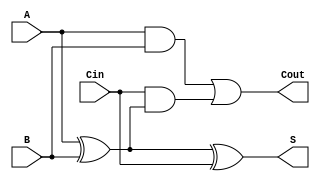
module async_full_adder (
    input wire A,        // First bit input
    input wire B,        // Second bit input
    input wire Cin,      // Carry-in input
    output wire S,       // Sum output
    output wire Cout     // Carry-out output
);

    // Intermediate signals
    wire A_xor_B;        // Intermediate result of A XOR B

    // Compute sum: S = A  B  Cin
    assign A_xor_B = A ^ B; // First XOR
    assign S = A_xor_B ^ Cin; // Second XOR for final sum

    // Compute carry-out: Cout = (A  B) + (Cin  (A  B))
    // Use AND and OR gates for carry-out calculation
    assign Cout = (A & B) | (Cin & A_xor_B);

endmodule